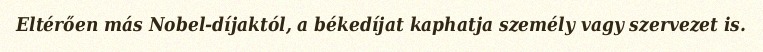
Eltérően más Nobel-díjaktól, a békedíjat kaphatja személy vagy szervezet is.